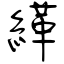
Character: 緙